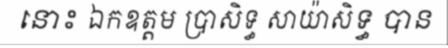
នោះ ឯកឧត្តម ប្រាសិទ្ធ សាយ៉ាសិទ្ធ បាន